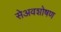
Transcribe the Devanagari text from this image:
सेअवशोषण